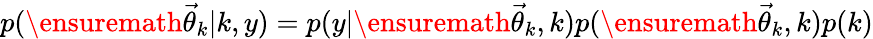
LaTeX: p(\ensuremath{\vec{\theta}}_{k}|k,y)=p(y|\ensuremath{\vec{\theta}}_{k},k)p(\ensuremath{\vec{\theta}}_{k},k)p(k)